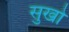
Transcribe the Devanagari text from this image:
सुखो